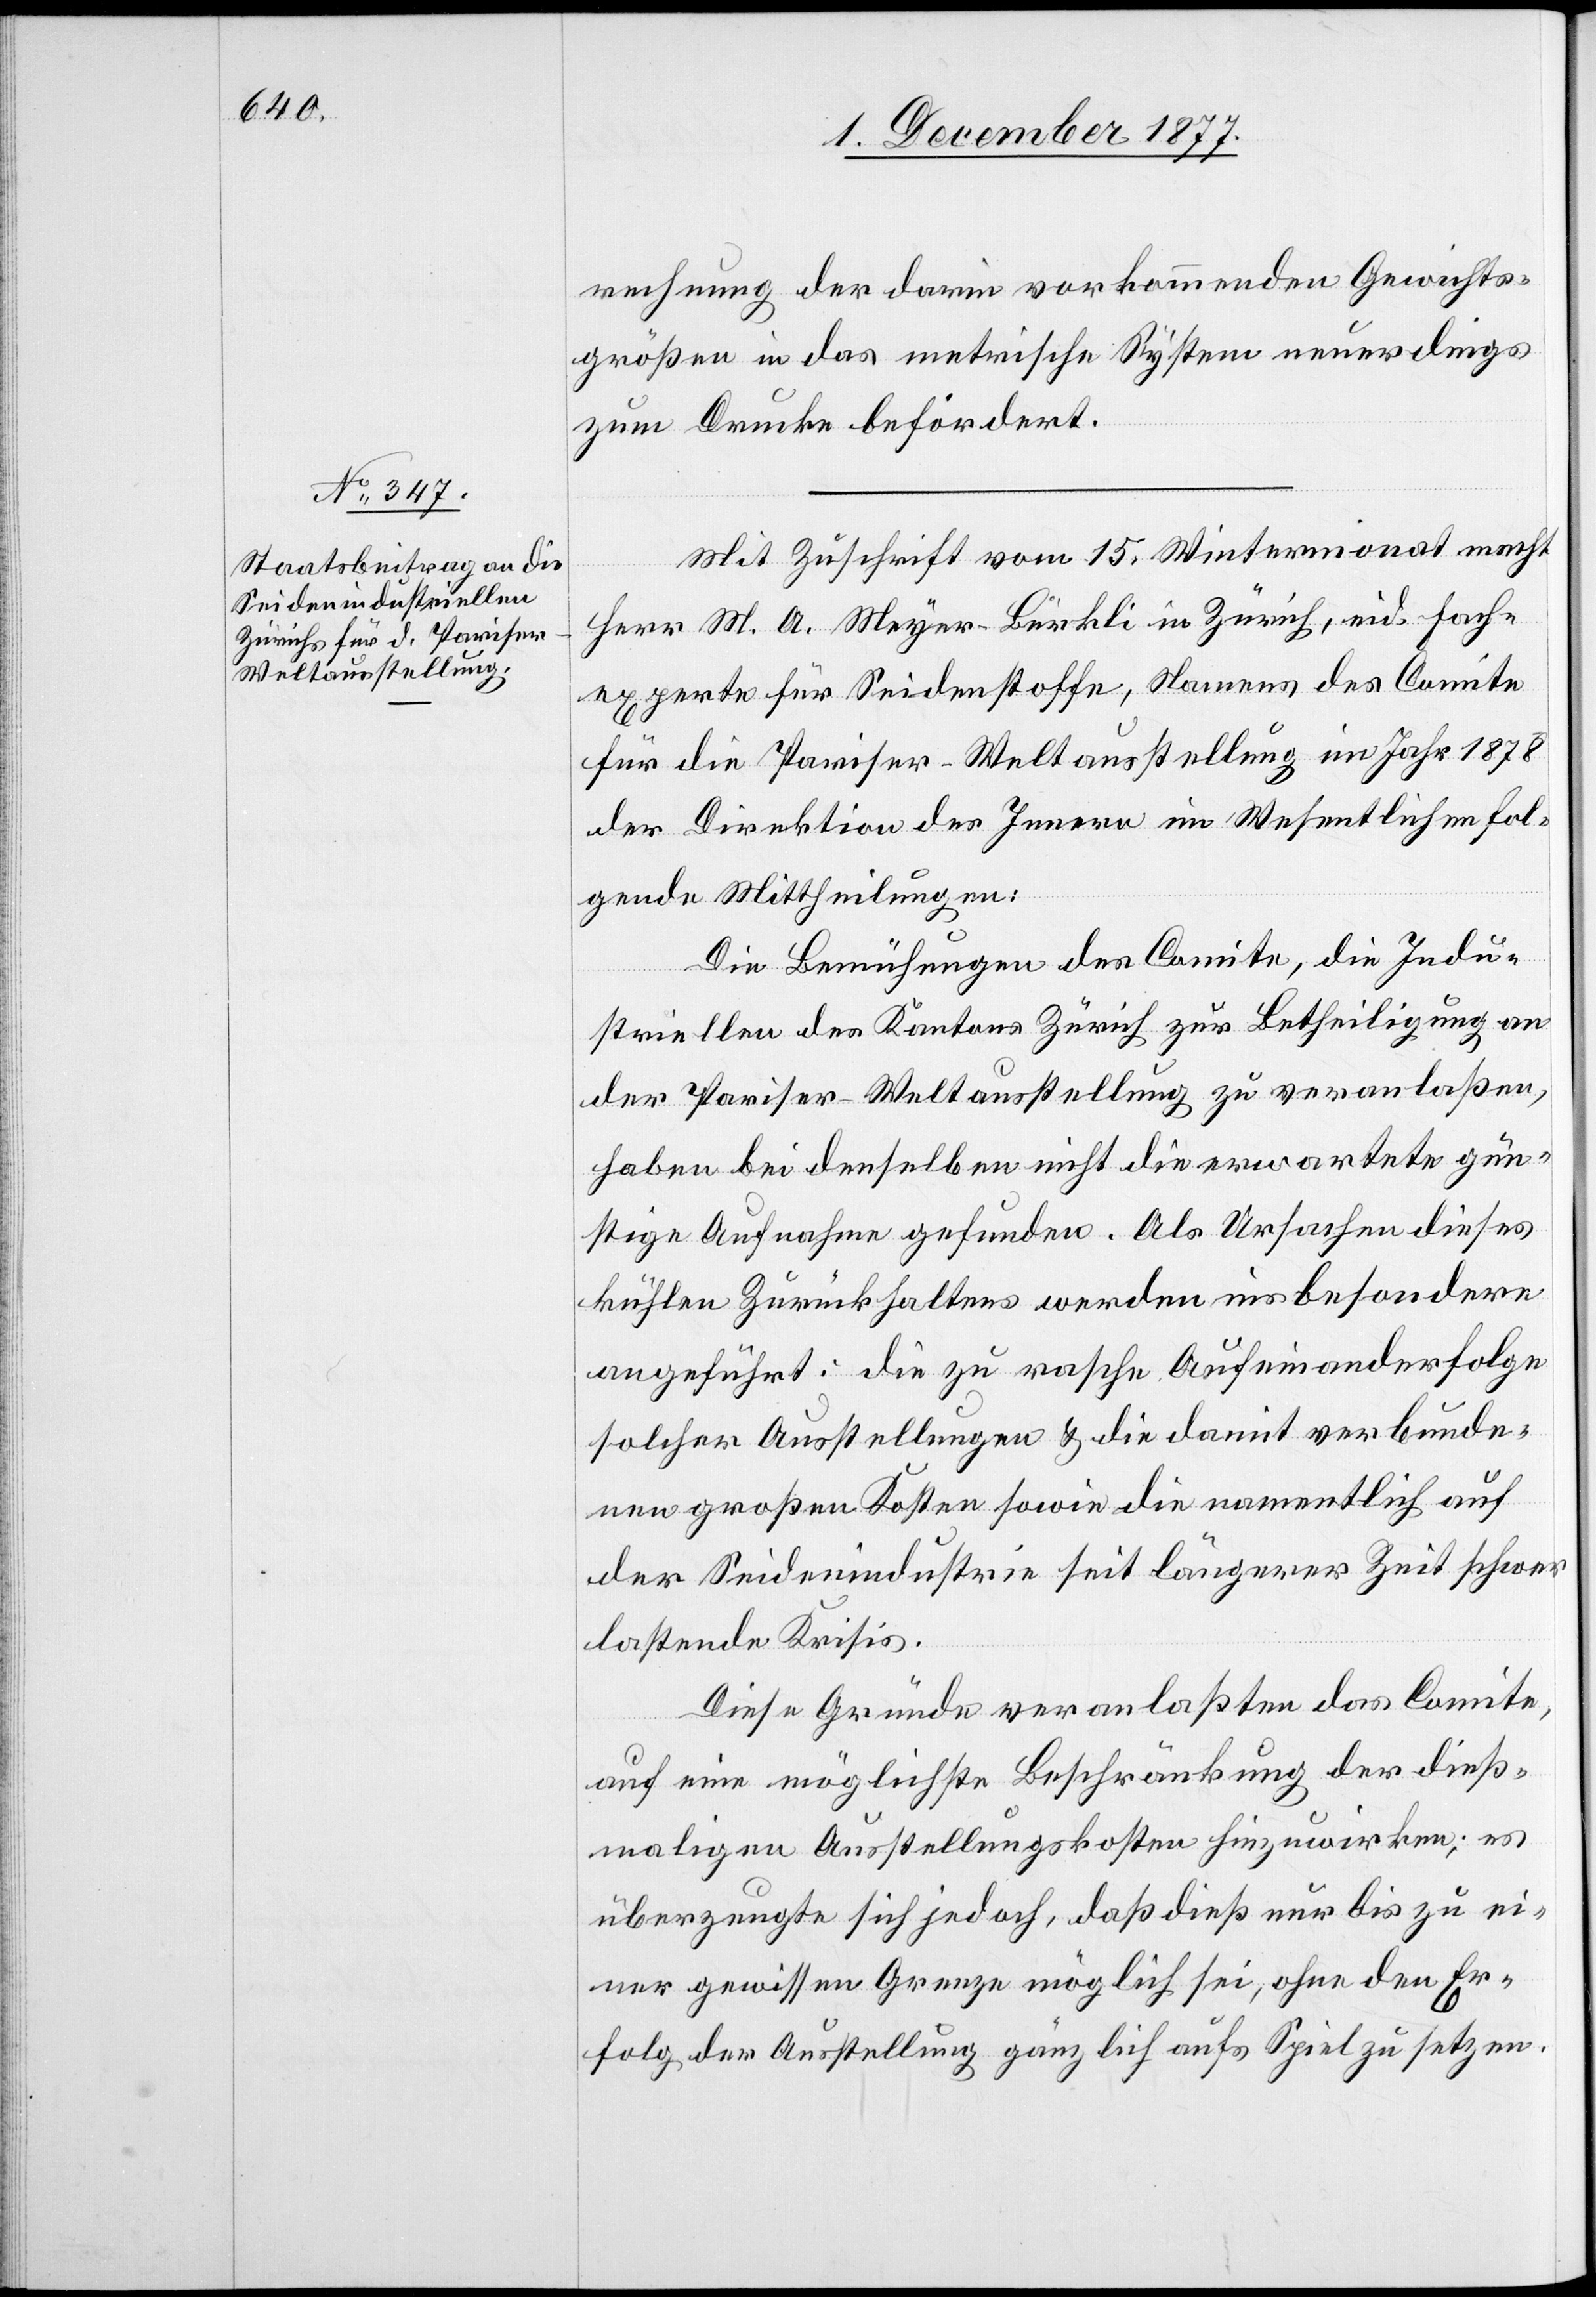
rechnung der darin vorkommenden Gewichts¬
größen in das metrische System neuerdings
zum Drucke befördert.
Mit Zuschrift vom 15. Wintermonat macht
Herr M. A. Meyer-Bürkli in Zürich, eid. Fach¬
experte für Seidenstoffe, Namens des Comite
für die Pariser-Weltausstellung im Jahr 1878
der Direktion des Innern im Wesentlichen fol¬
gende Mittheilungen:
Die Bemühungen des Comite, die Indu¬
striellen des Kantons Zürich zur Betheiligung an
der Pariser-Weltausstellung zu veranlaßen,
haben bei denselben nicht die erwartete gün¬
stige Aufnahme gefunden. Als Ursachen dieses
kühlen Zurückhaltens werden insbesondere
angeführt: die zu rasche Aufeinanderfolge
solcher Ausstellungen & die damit verbunde¬
nen großen Kosten sowie die namentlich auf
der Seidenindustrie seit längerer Zeit schwer
lastende Krisis.
Diese Gründe veranlaßten das Comite,
auf eine möglichste Beschränkung der dieß¬
maligen Ausstellungskosten hinzuwirken; es
überzeugte sich jedoch, daß dieß nur bis zu ei¬
ner gewissen Grenze möglich sei, ohne den Er¬
folg der Ausstellung gänzlich aufs Spiel zu setzen.